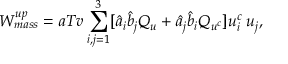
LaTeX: W _ { m a s s } ^ { u p } = a T v \sum _ { i , j = 1 } ^ { 3 } [ \hat { a } _ { i } \hat { b } _ { j } Q _ { u } + \hat { a } _ { j } \hat { b } _ { i } Q _ { u ^ { c } } ] u _ { i } ^ { c } \; u _ { j } ,